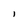
Character: l